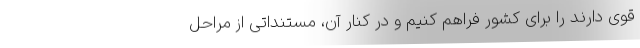
قوی دارند را برای کشور فراهم کنیم و در کنار آن، مستنداتی از مراحل